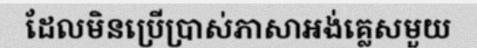
ដែលមិនប្រើប្រាស់ភាសាអង់គ្លេសមួយ